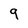
Character: 9